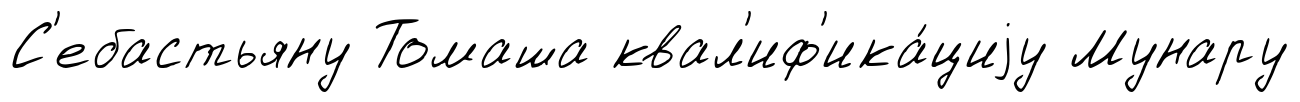
С'ебастьяну Томаша квал'иф'ика́циjу Мунару